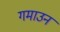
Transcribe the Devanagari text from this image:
गमाउन